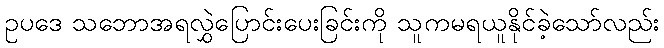
ဥပဒေ သဘောအရလွှဲပြောင်းပေးခြင်းကို သူကမရယူနိုင်ခဲ့သော်လည်း